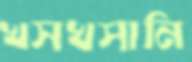
খসখসানি